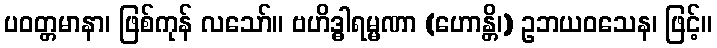
ပဝတ္တမာနာ၊ ဖြစ်ကုန် လသော်။ ဗဟိဒ္ဓါရမ္မဏာ (ဟောန္တိ၊) ဥဘယဝသေန၊ ဖြင့်။